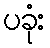
ပခုံး